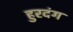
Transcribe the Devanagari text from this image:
हुरदंग